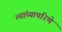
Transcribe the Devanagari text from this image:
त्यांच्यापरिणे